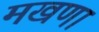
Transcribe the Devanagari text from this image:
मखणा